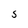
Character: 5